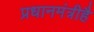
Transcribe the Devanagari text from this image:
प्रधानमंत्रीहै